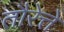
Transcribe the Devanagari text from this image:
तौरेत्ते